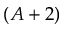
( A + 2 )